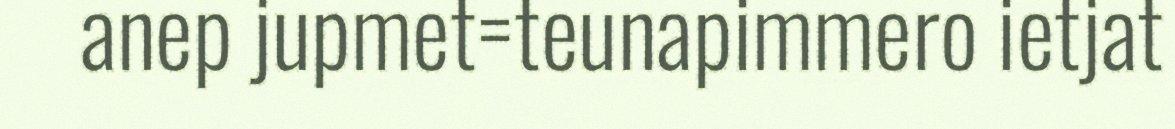
anep jupmet=teunapimmero ietjat